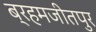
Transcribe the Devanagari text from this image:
ब्रहमजीतपुर